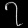
Digit: ၇